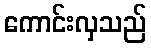
ကောင်းလှသည်